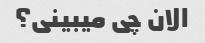
الان چی میبینی؟